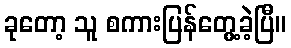
ခုတော့ သူ စကားပြန်တွေ့ခဲ့ပြီ။